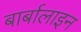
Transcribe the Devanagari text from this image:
बार्बालाइन